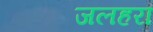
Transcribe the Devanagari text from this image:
जलहरा